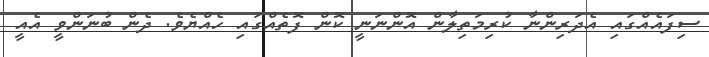
ސިފައެއްގައި އެދަރިންނާ ކުރިމަތިލާން އޮންނަނީ ކޮން ފޮތެއްގައި ހެއްޔެވެ. ދެން ބުނަންވީ އެއީ